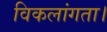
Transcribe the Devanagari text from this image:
विकलांगता।